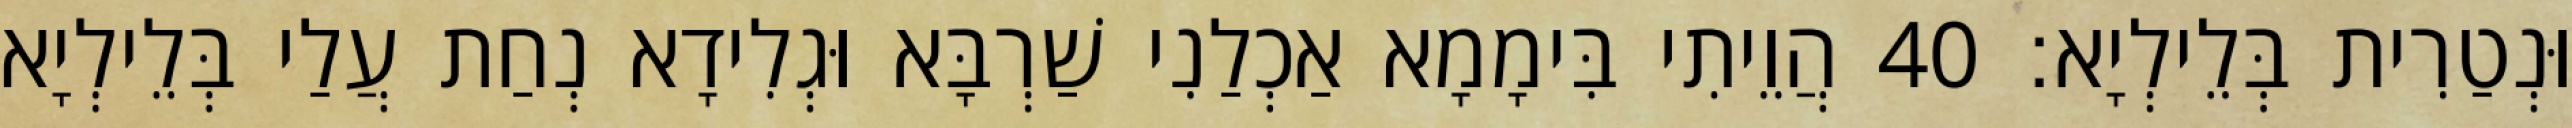
וּנְטַרִית בְּלֵילְיָא׃ 40 הֲוֵיתִי בִּימָמָא אַכְלַנִי שַׁרְבָּא וּגְלִידָא נְחַת עֲלַי בְּלֵילְיָא